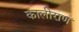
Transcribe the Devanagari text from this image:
कालीराण